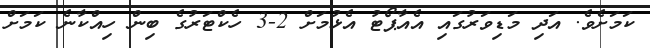
ކަމަށެވެ. އަދި މަޑިވަރުގައި އެއާޕޯޓު އެޅުމަށް 2-3 ހެކްޓަރުގެ ބިން ހިއްކާނެ ކަމަށް